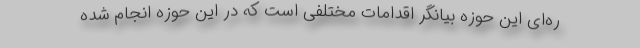
ره‌‌ای این حوزه بیانگر اقدامات مختلفی است که در این حوزه انجام شده